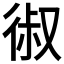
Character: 𰐱